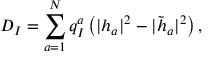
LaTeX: D _ { I } = \sum _ { a = 1 } ^ { N } q _ { I } ^ { a } \left( | h _ { a } | ^ { 2 } - | \tilde { h } _ { a } | ^ { 2 } \right) ,